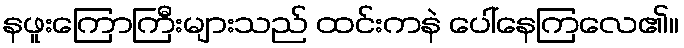
နဖူးကြောကြီးများသည် ထင်းကနဲ ပေါ်နေကြလေ၏။